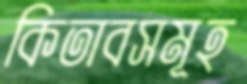
কিতাবসমূহ